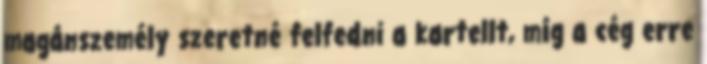
magánszemély szeretné felfedni a kartellt, míg a cég erre